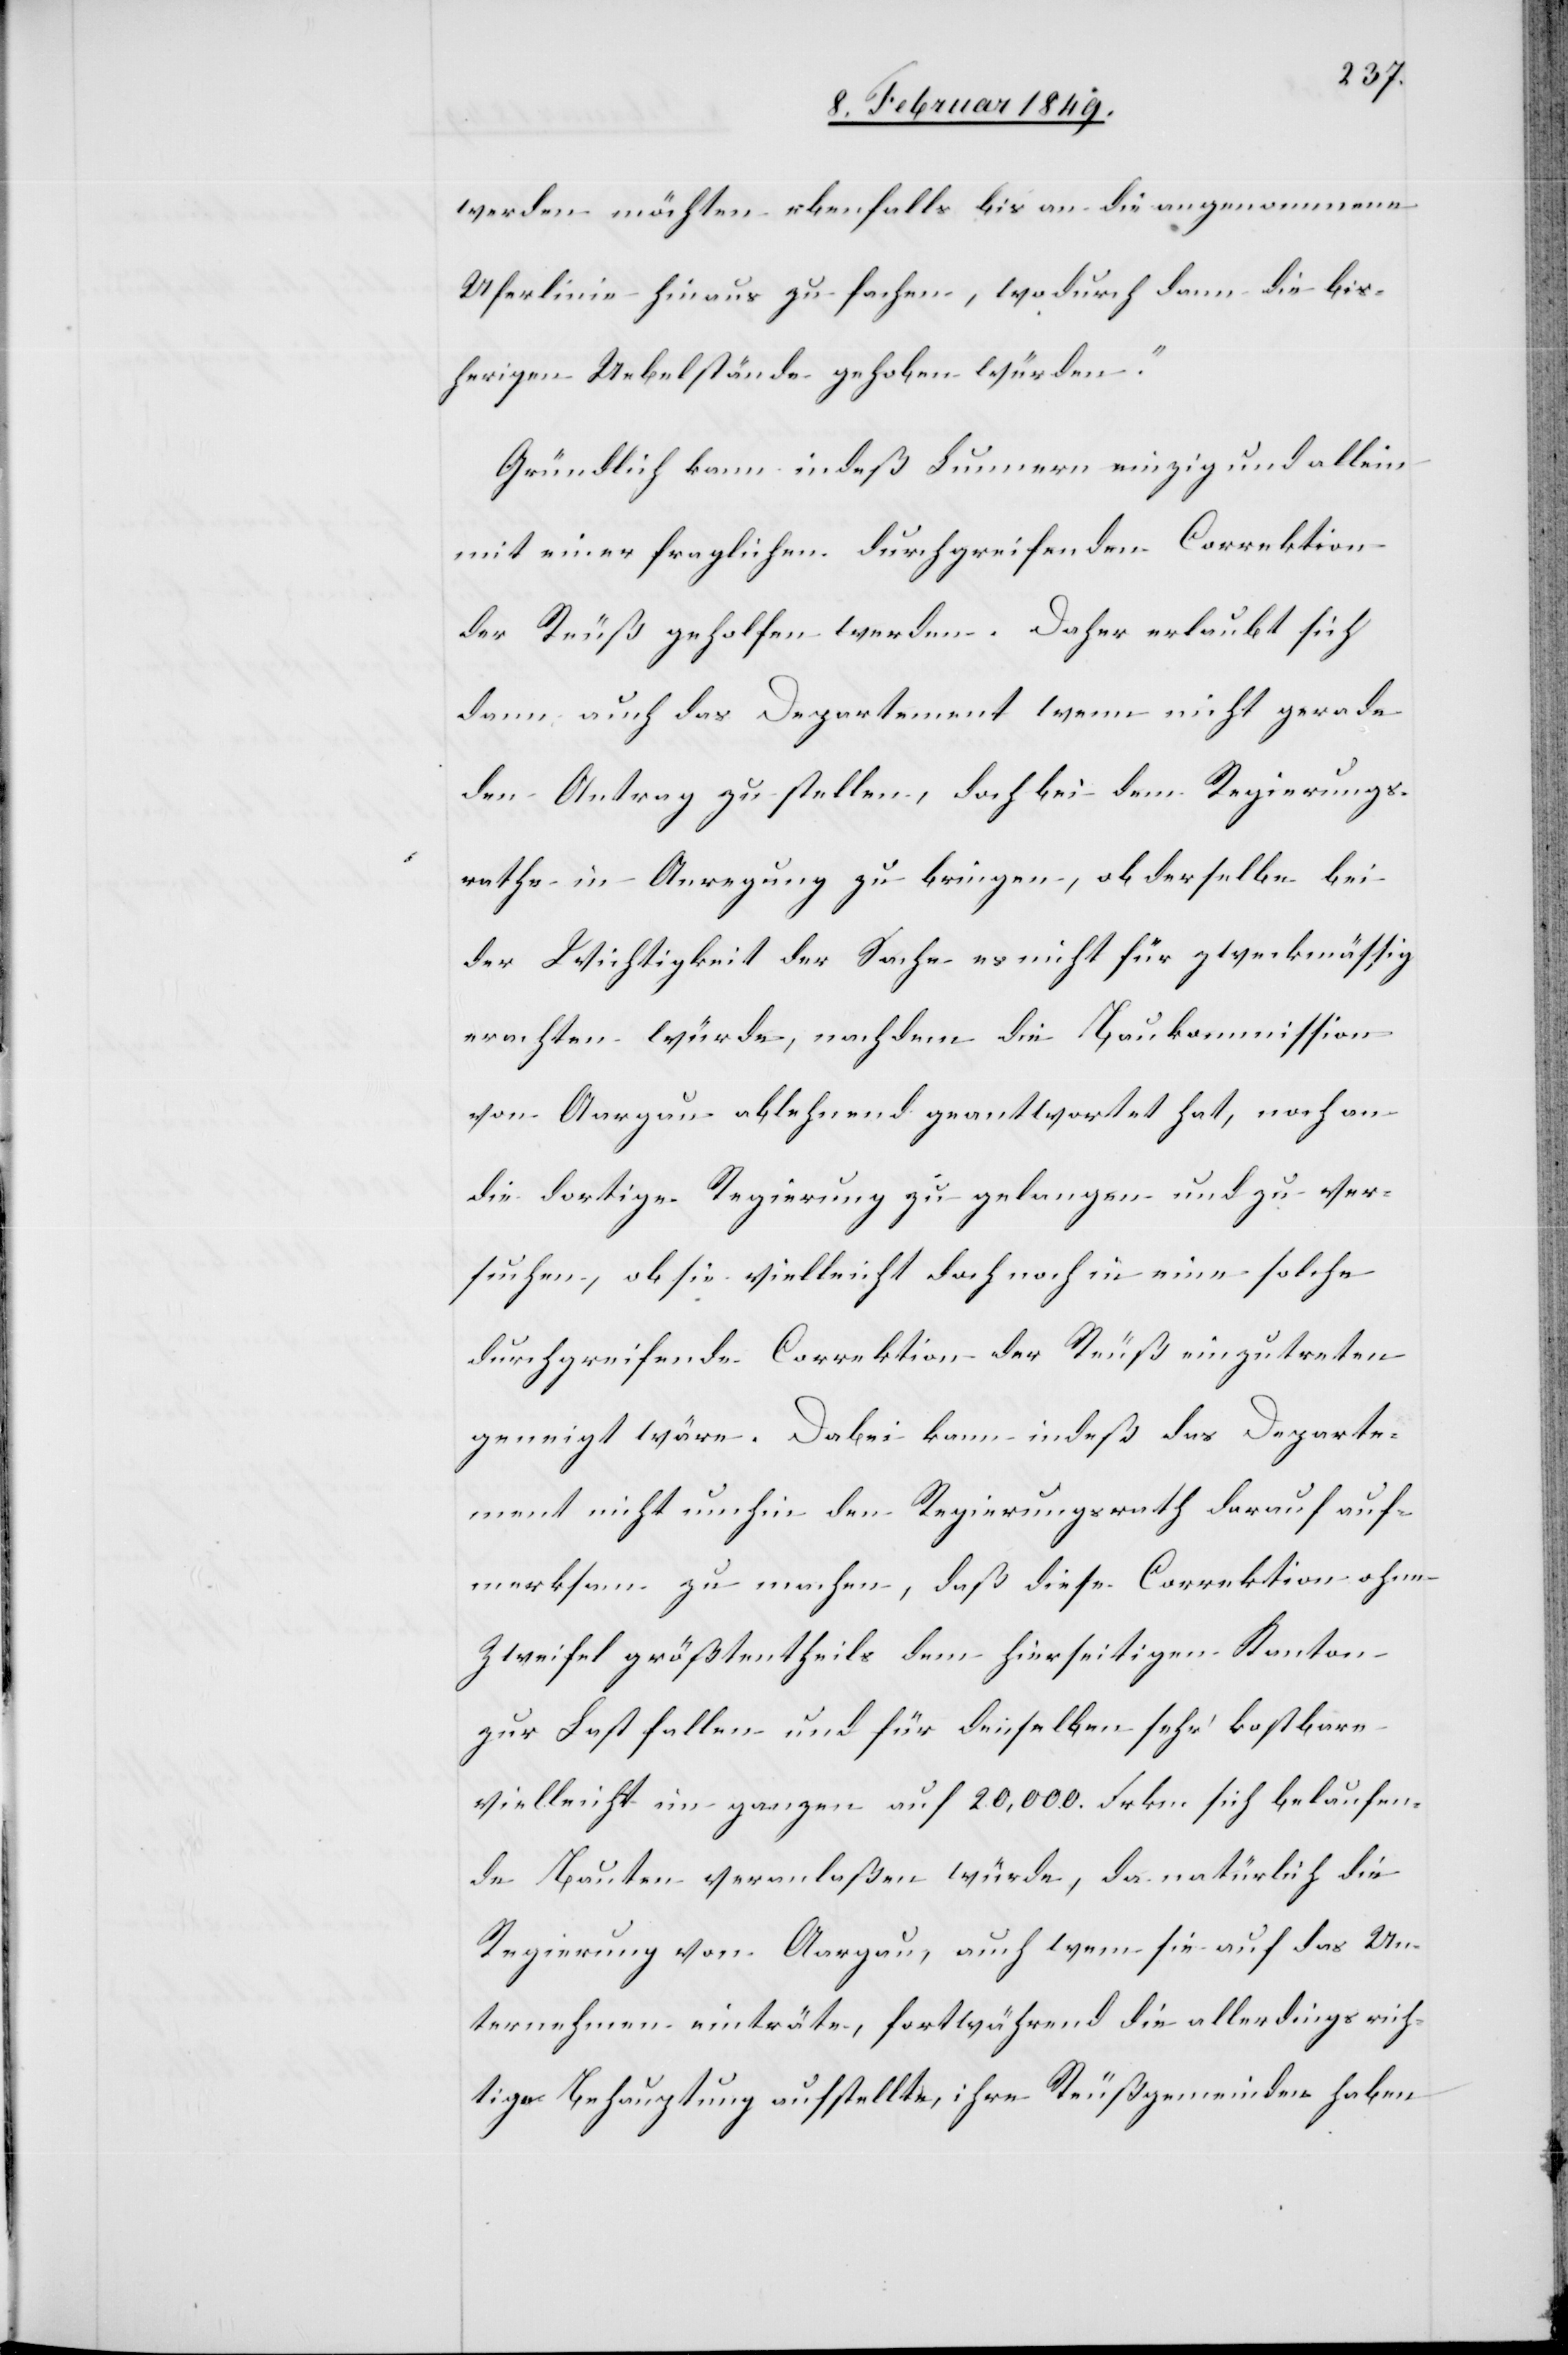
werden möchten ebenfalls bis an die angenommene
Uferlinie hinaus zu fachen, wodurch dann die bis¬
herigen Uebelstände gehoben würden.“
Gründlich kann indeß Lunnern einzig und allein
mit einer fraglichen durchgreifenden Correktion
der Reuß geholfen werden. Daher erlaubt sich
dann auch das Departement wenn nicht gerade
den Antrag zu stellen, doch bei dem Regierungs¬
rathe in Anregung zu bringen, ob derselbe bei
der Wichtigkeit der Sache es nicht für zweckmässig
erachten würde, nachdem die Baukommission
von Aargau ablehnend geantwortet hat, noch an
die dortige Regierung zu gelangen und zu ver¬
suchen, ob sie vielleicht doch noch in eine solche
durchgreifende Correktion der Reuß einzutreten
geneigt wäre. Dabei kann indeß das Departe¬
ment nicht umhin den Regierungsrath darauf auf¬
merksam zu machen, daß diese Correktion ohne
Zweifel größtentheils dem hierseitigen Kanton
zur Last fallen und für denselben sehr kostbare
vielleicht im ganzen auf 20,000. Frkn. sich belaufen¬
de Bauten veranlaßen würde, da natürlich die
Regierung von Aargau, auch wenn sie auf das Un¬
ternehmen einträte, fortwährend die allerdings rich¬
tige Behauptung aufstellte, ihre Reußgemeinden haben